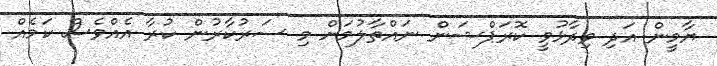
ޔާމީން އަދި ވިދާޅުވީ ކޮރަޕްޝަން ނައްތާލުމަށް މި ސަރުކާރުން ކުރާ އެއްވެސް ކަމެއް